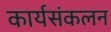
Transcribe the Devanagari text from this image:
कार्यसंकलन